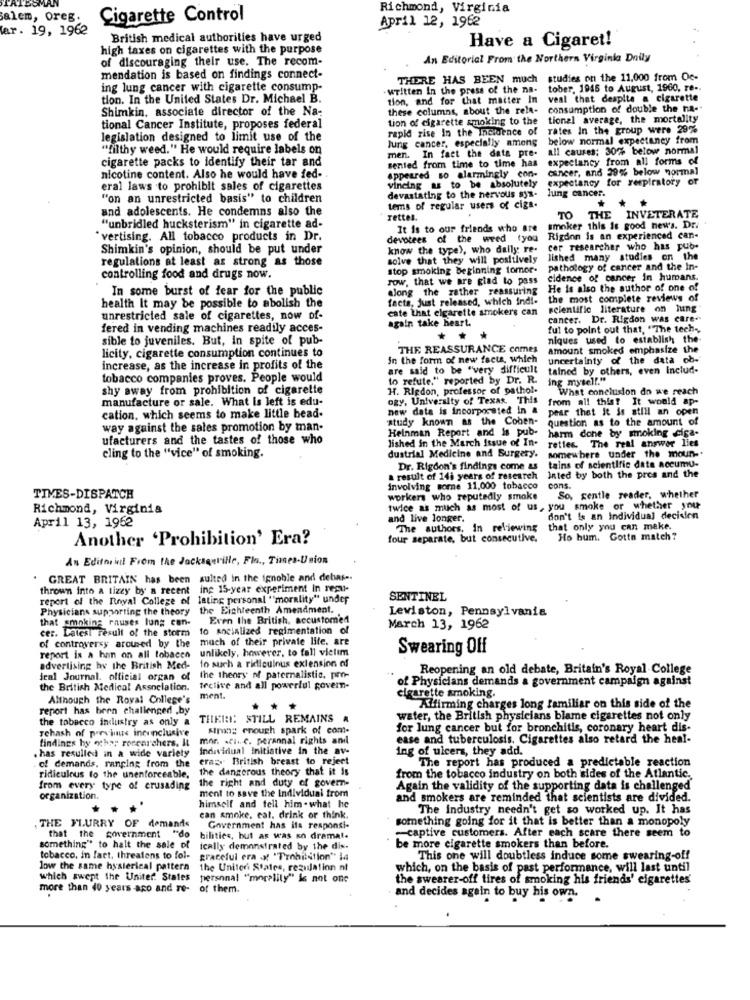
Richmond, Virginia
Salem, oreg.
Cigarette Control
April 12, 1962
ar. 19, 1962
British medical authorities have urged
high taxes on cigarettes with the purpose
Have a Cigaret!
of discouraging their use. The recom-
An Editorial From the Northern Virginia Daily
mendation is based on findings connect-
THERE HAS BEEN much studies on the 11.000 from Oc-
ing lung cancer with cigarette consump-
written In the press of the na- tober, 1945 to August, 1960, re -.
tion. In the United States Dr. Michael B.
tion, and for that matter In
veal that despite a cigarette
Shimkin, associate director of the Na-
these columns, about the rele-
consumption of double the na-"
tion of cigarette smoking to the
tionel average, the mortality
tional Cancer Institute, proposes federal
rapid rise In the Incidence of
rates In the group were 29%
legislation designed to limit use of the
Jung cancer, especially among
below normal expectaney from
"filthy weed." He would require labels on
all causes: 30% below normal
cigarette packs to identify their tar and
men. In fact the data pre-
expectancy from all forms of
sented from time to time has
appeared so alarmingly con-
cancer, and 39% below normal
nicotine content. Also he would have fed-
vincing as to be absolutely
expectancy for respiratory or
eral laws to prohibit sales of cigarettes
lung cancer.
"on an unrestricted basis" to children
devastating to the nervous sys-
and adolescents. He condemns also the
tems of regular users of cigs.
rettes.
TO
THE INVETERATE
"unbridled hucksterism" in cigarette ad-
It is to our friends who are
smoker this is good news. Dr.
"vertising. All tobacco products in Dr.
devotees of the weed (you
Rigdon is an experienced can-
Shimkin's opinion, should be put under
know the type), who dally re-
cor researcher who has pub.
regulations at least as strong as those
solve that they will positively
lished many studies on the
stop smoking beginning tomor-
pathology of cancer and the In-
controlling food and drugs now.
row, that we are glad to pass
cidence of cancer in humans.
In some burst of fear for the public
along the rather reassuring
He is also the author of one of
facts, just released, which ind !-
the most complete reviews of
health It may be possible to abolish the
cate that elgarette smokers can
scientific literature on lung
unrestricted sale of cigarettes, now of-
again take heart.
cancer. Dr. Rigdon was care-
fered in vending machines readily acces-
ful to point out that, "The tech -,
sible to juveniles. But, In spite of pub-
**
*
niques used to establish the
licity, cigarette consumption continues to
THE REASSURANCE comes
amount smoked emphasize the
in the form of new facts, which
uncertainty of the data ob-
increase, as the increase in profits of the
are said to be "very difficult
talned by others, even Includ-
tobacco companies proves. People would
to refute." reported by Dr. R.
ing myself."
shy away from prohibition of cigarette
H. Ripdon, professor of pathol.
What conclusion do we reach
manufacture or sale. What is left is edu-
ogy, University of Texas. This
from all this? It would ap-
new data is incorporated in &
pear that it is still an open
cation, which seems to make little bead-
study known as the Coben-
question as to the amount of
way against the sales promotion by man-
Heinman Report and is pub-
harm done by smoking ciga-
ufacturers and the tastes of those who
Jished in the March Issue of In-
reties. The real answer lies
somewhere under the moun-
cling to the "vice" of smoking.
dustrial Medicine and Surgery.
Dr. Rigdon's findings come as
tains of scientific data accumu-
a result of 14; years of research
Inted by both the pros and the
involving some 11,000 tobacco
cons.
TIVES-DISPATCH
workers who reputedly smoke
So, gentle reader, whether
Richmond, Virginia
twice as much as most of us, you smoke or whether you
and live longer.
don't is an Individual decision
April 13, 1962
The authors, In reviewing
that only you can make.
Another 'Prohibition' Era?
four separate, but consecutive.
Ho hum. Gotta match?
An Editorial From the Jacksqurille, Fla ., Tinnes-Union
GREAT BRITAIN has been sulted in the ignoble and debar -.
thrown into a tizzy by a recent ing 15-year experiment in regu-
report of the Royal College of lating personal "morality" under
SENTINEL
Physicians supporting the theory
the Eighteenth Amendment ..
Lewiston, Pennsylvania
that smoking rnuses lung con-
Even the British, accustomed
cer. Latest result of the storm
cer. Latest result of the storm to Ancialized regimentation of
March 13, 1962
of controversy arcused by the
much of their private life. are
unlikely, however, to fall victim
Swearing Off
report is a han on all tobacco
10 such a ridiculous extension of
advertising by the British Med-
Reopening an old debate, Britain's Royal College
Jeal Journal. official organ of
the theory of paternalistic. pro-
of Physicians demands a government campaign against
the British Medical Association.
tective and all powerful govern-
Although the Royal College's
ment.
cigarette smoking.
report has been challenged .by
Alfirming charges long familiar on this side of the
the tobacco industry as only a
THERE: STILL REMAINS A
water, the British physicians blame cigarettes not only
rehash of previous inconclusive
Strong enough spark of comt-
for lung cancer but for bronchitis, coronary heart dis-
findings hy other researchers. It
findings by other researchers. It mor. . ci. c. perannal rights and
ease and tuberculosis. Cigarettes also retard the heal-
. has resulled in a wide variety
Individual Initiative in the av-
ing of ulcers, they add.
of demands, ranging from the crazy British breast to reject
eras British breast to reject
The report has produced a predictable reaction
the dangerous theory that it is
ridiculous to the unenforceable,
from every type of crusading the right and duty of govern-
the right and duty of govern-
from the tobacco industry on both sides of the Atlantic.
ment to save the Individual trom
Again the validity of the supporting data is challenged
organization.
and smokers are reminded that scientists are divided.
himself and tell him . what he
The industry needn't get so worked up. It has
. THE FLURRY OF demands
can smoke, cal. drink or think.
something going for it that is better than a monopoly
Government has its responsi-
that the government "do bilities, but as was sn dramat.
that the government "do
-captive customers. After each scare there seem to
something" to halt the sale of ically demonstrated by the dis-
be more cigarette smokers than before.
tobacco, in fact, threatens to fol-
graceful era x "Prohibition" la
This one will doubtless induce some swearing-off
low the same hysterical pattern
the United States, regulation nt
which, on the basis of past performance, will last until
which swept the United States personal "morality" is not one
the swearer-off tires of smoking his friends' cigarettes
more than 40 years ago and re-
of them.
and decides again to buy his own.